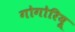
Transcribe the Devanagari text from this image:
गोगोरियू